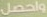
واحصل